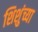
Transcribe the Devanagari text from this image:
शिशुंच्या